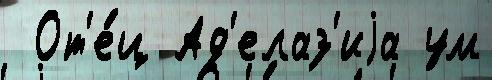
 От'е́ц Ад'елаз'иjа ум